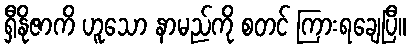
ရှီနိုဇာကိ ဟူသော နာမည်ကို စတင် ကြားရချေပြီ။